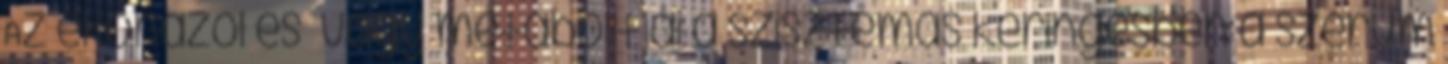
Az ekonazol és vagy metabolitjai a szisztémás keringésben a szérum